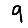
Digit: 9